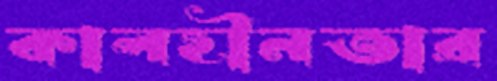
কালহীনতার